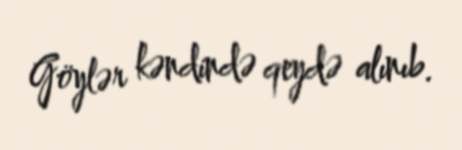
Göylər kəndində qeydə alınıb.